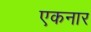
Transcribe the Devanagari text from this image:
एकनार